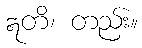
ဣတိ၊ တည်း။